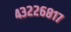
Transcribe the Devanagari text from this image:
४३२२६८१७